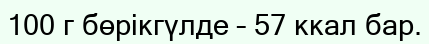
100 г бөрікгүлде – 57 ккал бар.